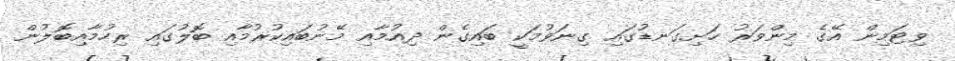
ވިޓަމިން އޭގެ މިންވަރު ހަށިގަނޑުގައި ގިނަވުމަކީ ބައިގެން ދިއުމާއި މޭނުބައިކުރުމާއި ބޮލުގައި ރިހުމާއިބޮލުން